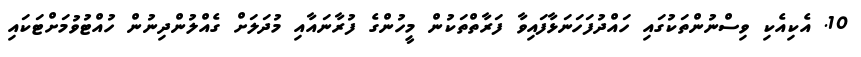
10. އެކިއެކި ވިސްނުންތަކުގައި ހައްދުފަހަނަޅާފައިވާ ފަރާތްތަކުން މީހުންގެ ފުރާނައާއި މުދަލަށް ގެއްލުންދިނުން ހުއްޓުވުމަށްޓަކައި